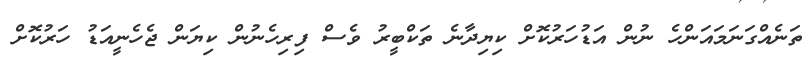
ތަނެއްގަނަމައަންހެ ނުން އަޑުހަރުކޮށް ކިޔިދާނެ ތަކްބީރު ވެސް ފިރިހެނުން ކިޔަން ޖެހެނީއަޑު ހަރުކޮށް